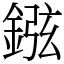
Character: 𨧻